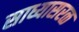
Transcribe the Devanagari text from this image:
साध्यासरळ